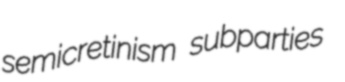
semicretinism subparties